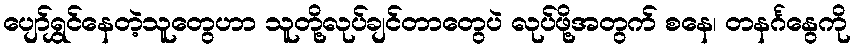
ပျော်ရွှင်နေတဲ့သူတွေဟာ သူတို့လုပ်ချင်တာတွေပဲ လုပ်ဖို့အတွက် စနေ၊ တနင်္ဂနွေကို